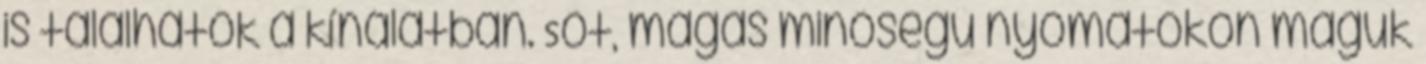
is találhatók a kínálatban. Sőt, magas minőségű nyomatokon maguk